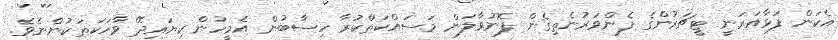
އެކަން ފަޅާއަރަނީ ޓީޗަރުންގެ ފެންވަރުނެތިގެން ފޮނުވާލަން މަސައްކަތްކުރާ ހިސާބުން އެމީހުން ކިޔައިދޭ ވާހަކަތަކުންނެވެ.